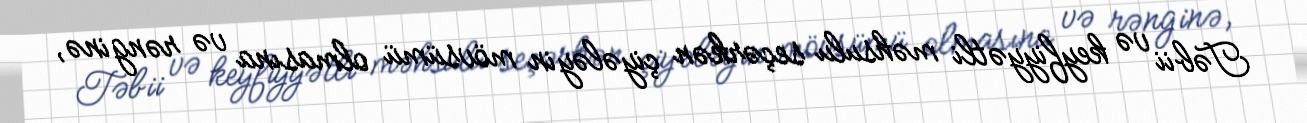
Təbii və keyfiyyətli məhsulu seçərkən çiyələyin mövsümü olmasına və rənginə,